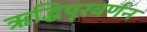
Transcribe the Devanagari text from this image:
ऋद्धिपूरवर्णन